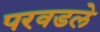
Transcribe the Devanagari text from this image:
परवडले